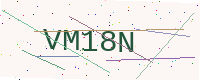
Text: VM18N